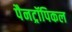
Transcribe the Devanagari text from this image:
पैनट्रॉपिकल